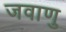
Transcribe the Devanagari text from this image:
जवाणु